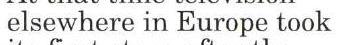
elsewhere in Europe took